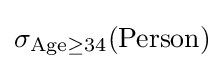
\sigma _{{\text{Age}}\geq 34}({\text{Person}})